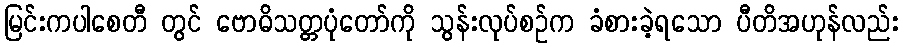
မြင်းကပါစေတီ တွင် ဗောဓိသတ္တပုံတော်ကို သွန်းလုပ်စဉ်က ခံစားခဲ့ရသော ပီတိအဟုန်လည်း